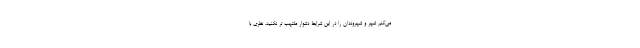
می‌کنم شهر و شهروندان را در این شرایط دشوار ملتهب تر نکنید. نظری با